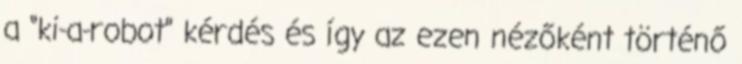
a “ki-a-robot” kérdés és így az ezen nézőként történő